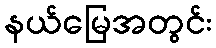
နယ်မြေအတွင်း